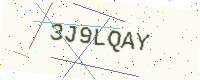
Text: 3J9LQAY